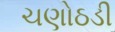
ચણોઠડી